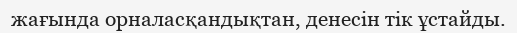
жағында орналасқандықтан, денесін тік ұстайды.